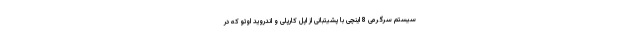
سیستم سرگرمی 8 اینچی با پشیتبانی از اپل کارپلی و اندروید اوتو که در